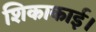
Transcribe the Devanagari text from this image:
शिकाकाई।